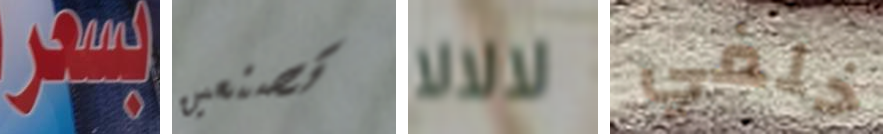
بسعر تصنعين لالالا خلفي